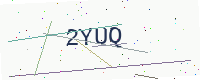
Text: 2YUQ